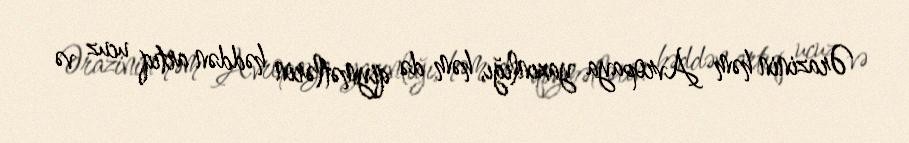
Ərazinin həm Avropaya yaxınlığı, həm də qiymətlərin həddən artıq ucuz və